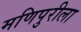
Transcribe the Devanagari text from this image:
मणिपुरीला